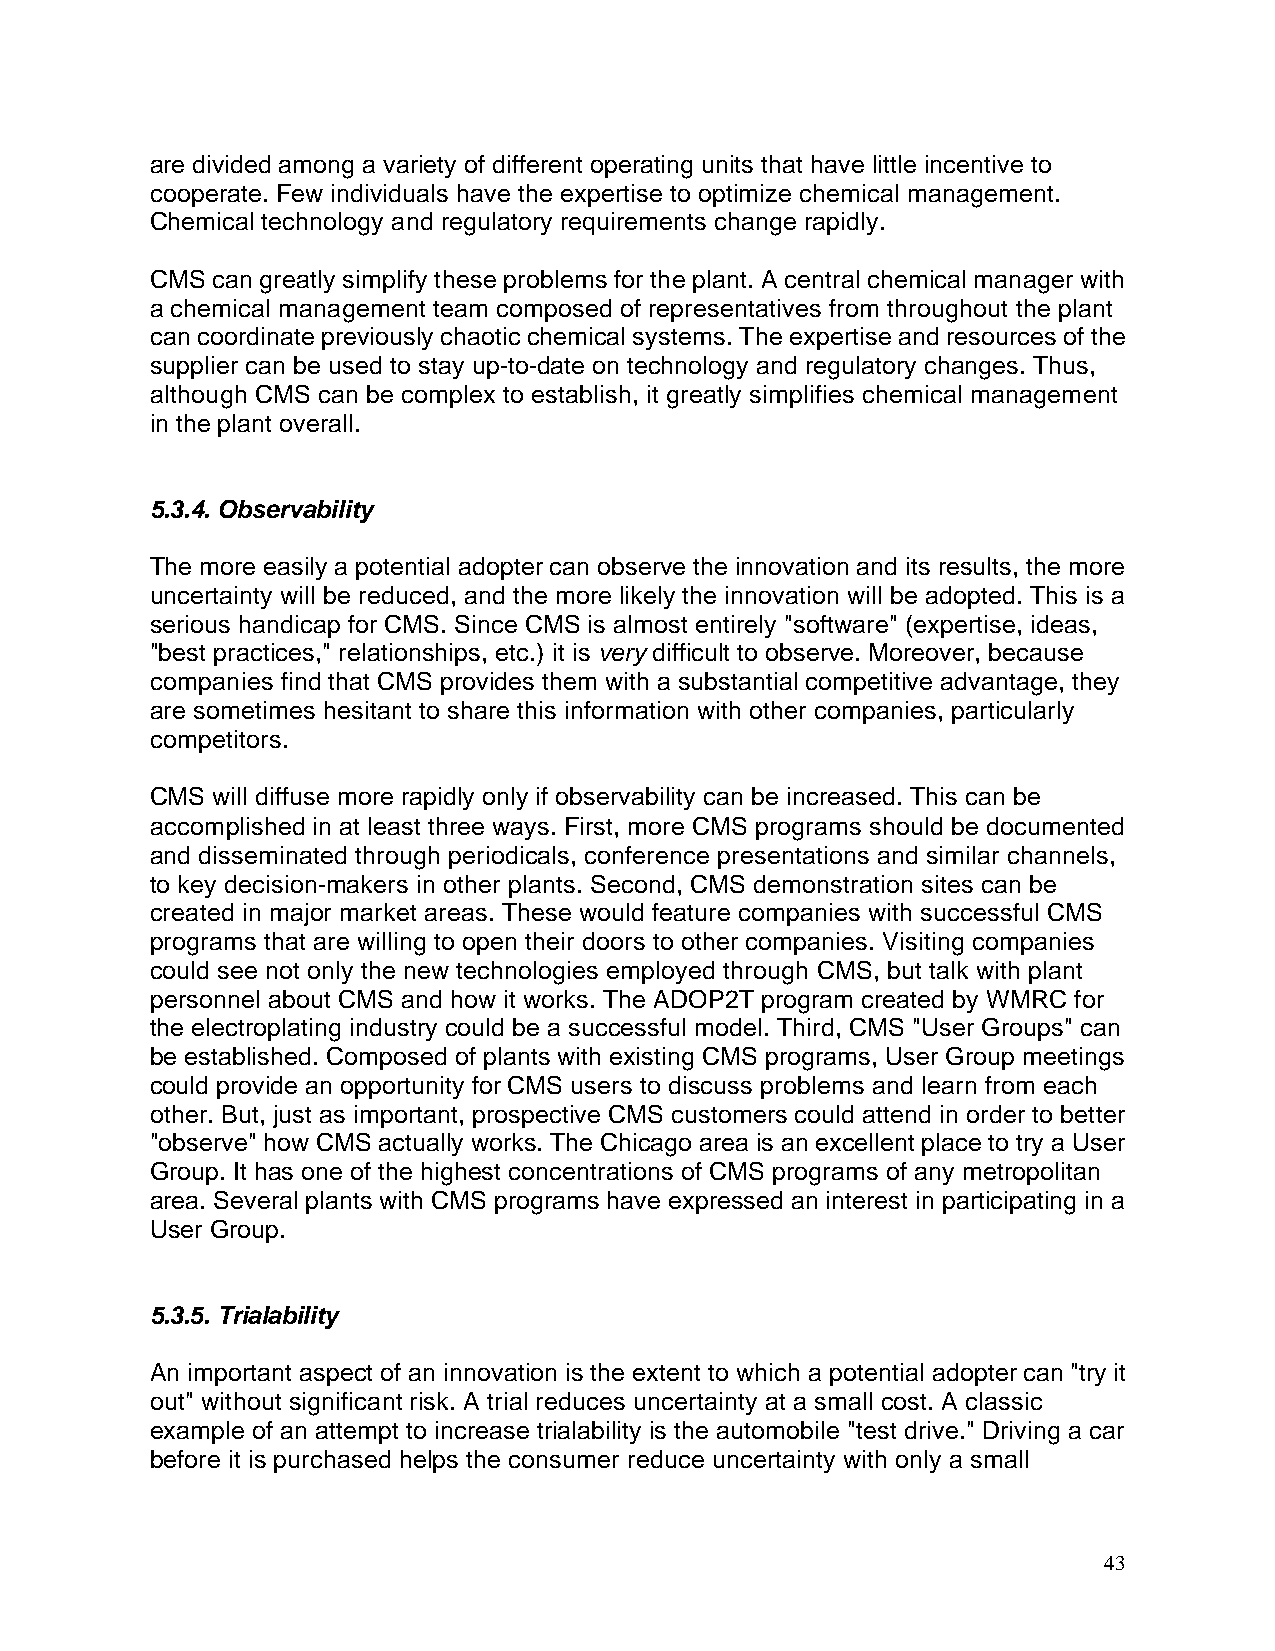
are divided among a variety of different operating units that have little incentive to
 cooperate. Few individuals have the expertise to optimize chemical management.
 Chemical technology and regulatory requirements change rapidly.
 CMS can greatly simplify these problems for the plant. A central chemical manager with
 a chemical management team composed of representatives from throughout the plant
 can coordinate previously chaotic chemical systems. The expertise and resources of the
 supplier can be used to stay up-to-date on technology and regulatory changes. Thus,
 although CMS can be complex to establish, it greatly simplifies chemical management
 in the plant overall.
 5.3.4. Observability
 The more easily a potential adopter can observe the innovation and its results, the more
 uncertainty will be reduced, and the more likely the innovation will be adopted. This is a
 serious handicap for CMS. Since CMS is almost entirely "software" (expertise, ideas,
 "best practices," relationships, etc.) it is very difficult to observe. Moreover, because
 companies find that CMS provides them with a substantial competitive advantage, they
 are sometimes hesitant to share this information with other companies, particularly
 competitors.
 CMS will diffuse more rapidly only if observability can be increased. This can be
 accomplished in at least three ways. First, more CMS programs should be documented
 and disseminated through periodicals, conference presentations and similar channels,
 to key decision-makers in other plants. Second, CMS demonstration sites can be
 created in major market areas. These would feature companies with successful CMS
 programs that are willing to open their doors to other companies. Visiting companies
 could see not only the new technologies employed through CMS, but talk with plant
 personnel about CMS and how it works. The ADOP2T program created by WMRC for
 the electroplating industry could be a successful model. Third, CMS "User Groups" can
 be established. Composed of plants with existing CMS programs, User Group meetings
 could provide an opportunity for CMS users to discuss problems and learn from each
 other. But, just as important, prospective CMS customers could attend in order to better
 "observe" how CMS actually works. The Chicago area is an excellent place to try a User
 Group. It has one of the highest concentrations of CMS programs of any metropolitan
 area. Several plants with CMS programs have expressed an interest in participating in a
 User Group.
 5.3.5. Trialability
 An important aspect of an innovation is the extent to which a potential adopter can "try it
 out" without significant risk. A trial reduces uncertainty at a small cost. A classic
 example of an attempt to increase trialability is the automobile "test drive." Driving a car
 before it is purchased helps the consumer reduce uncertainty with only a small
 43